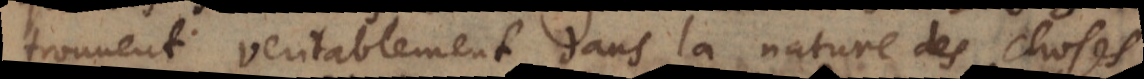
trouvent veritablement dans la nature des choses